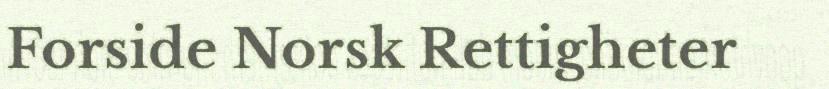
Forside Norsk Rettigheter